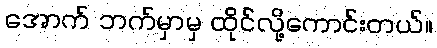
အောက် ဘက်မှာမှ ထိုင်လို့ကောင်းတယ်။